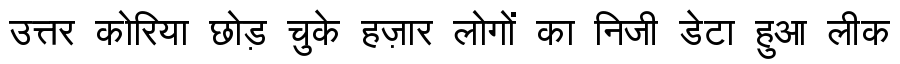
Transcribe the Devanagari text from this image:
उत्तर कोरिया छोड़ चुके हज़ार लोगों का निजी डेटा हुआ लीक